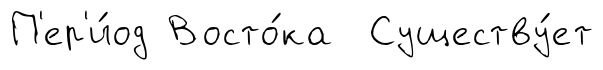
П'ер'и́од Восто́ка Существу́ет